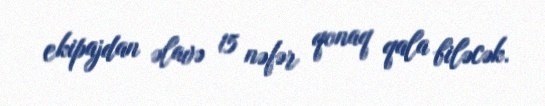
ekipajdan əlavə 15 nəfər qonaq qala biləcək.